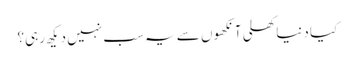
کیا دنیاکھلی آنکھوں سے یہ سب نہیں دیکھ رہی؟